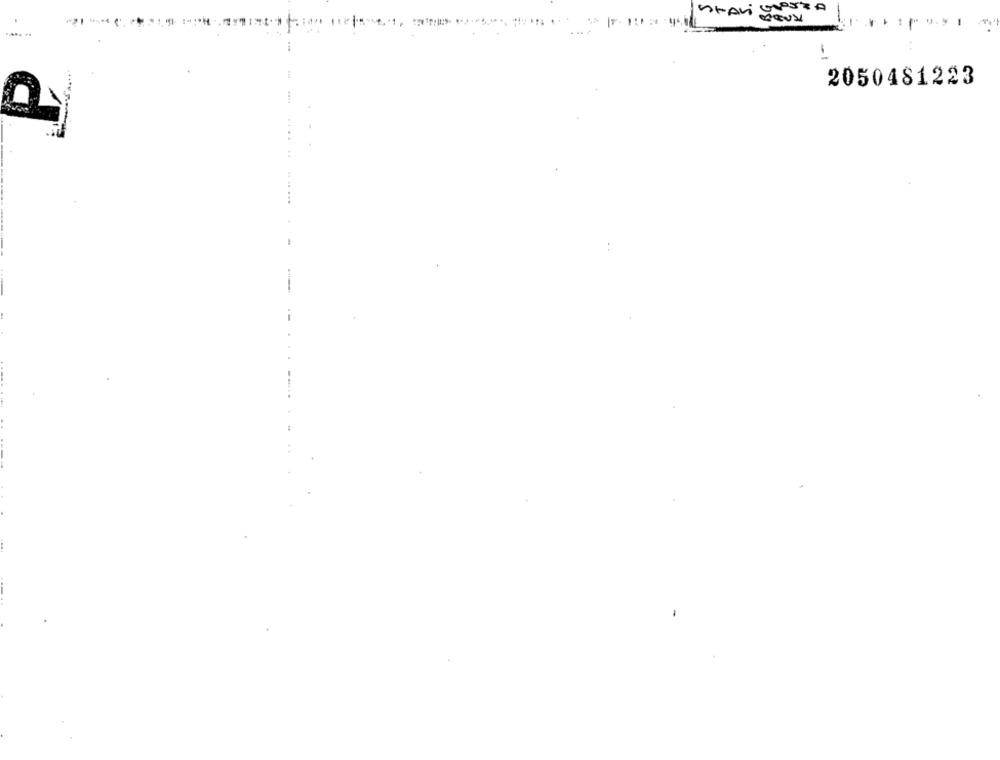
PSZ A
2050481223